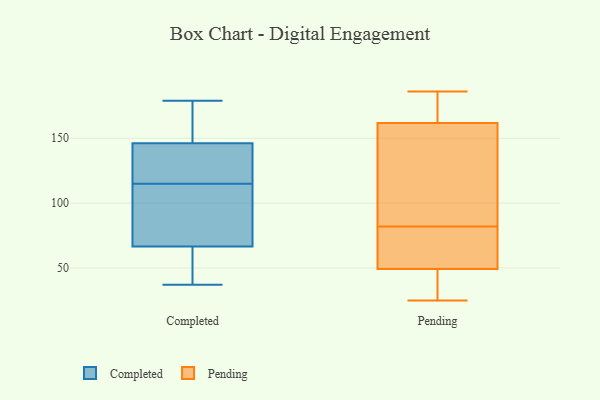
{"axis": {"x": "Energy Usage (MWh)", "y": "Value"}, "legend": ["Completed", "Pending"], "data": [{"x": "", "y": 68, "type": "Completed"}, {"x": "", "y": 167, "type": "Completed"}, {"x": "", "y": 37, "type": "Completed"}, {"x": "", "y": 129, "type": "Completed"}, {"x": "", "y": 66, "type": "Completed"}, {"x": "", "y": 179, "type": "Completed"}, {"x": "", "y": 115, "type": "Completed"}, {"x": "", "y": 138, "type": "Completed"}, {"x": "", "y": 47, "type": "Completed"}, {"x": "", "y": 90, "type": "Completed"}, {"x": "", "y": 149, "type": "Completed"}, {"x": "", "y": 71, "type": "Pending"}, {"x": "", "y": 112, "type": "Pending"}, {"x": "", "y": 33, "type": "Pending"}, {"x": "", "y": 25, "type": "Pending"}, {"x": "", "y": 186, "type": "Pending"}, {"x": "", "y": 34, "type": "Pending"}, {"x": "", "y": 179, "type": "Pending"}, {"x": "", "y": 170, "type": "Pending"}, {"x": "", "y": 159, "type": "Pending"}, {"x": "", "y": 65, "type": "Pending"}, {"x": "", "y": 138, "type": "Pending"}, {"x": "", "y": 82, "type": "Pending"}, {"x": "", "y": 81, "type": "Pending"}, {"x": "", "y": 180, "type": "Pending"}, {"x": "", "y": 54, "type": "Pending"}, {"x": "", "y": 98, "type": "Pending"}, {"x": "", "y": 35, "type": "Pending"}]}